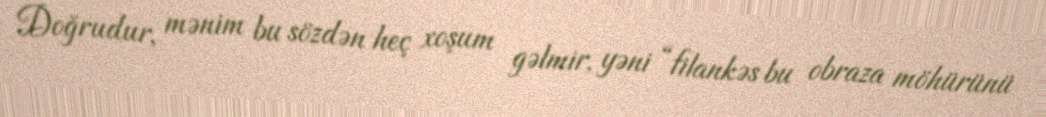
Doğrudur, mənim bu sözdən heç xoşum gəlmir, yəni “filankəs bu obraza möhürünü